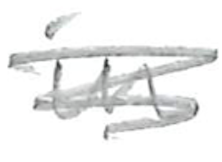
Text: in
Cross-out: mix
Writing tool: pencil